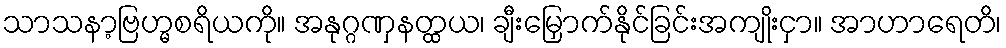
သာသနာ့ဗြဟ္မစရိယကို။ အနုဂ္ဂဏှနတ္ထယ၊ ချီးမြှောက်နိုင်ခြင်းအကျိုးငှာ။ အာဟာရေတိ၊